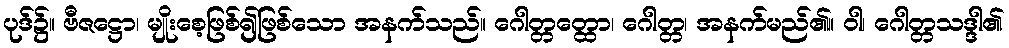
ပုဒ်၌။ ဗီဇဋ္ဌော၊ မျိုးစေ့ဖြစ်၍ဖြစ်သော အနက်သည်။ ဂေါတ္တတ္ထော၊ ဂေါတ္တ၊ အနက်မည်၏။ ဝါ၊ ဂေါတ္တသဒ္ဒါ၏